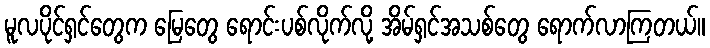
မူလပိုင်ရှင်တွေက မြေတွေ ရောင်းပစ်လိုက်လို့ အိမ်ရှင်အသစ်တွေ ရောက်လာကြတယ်။